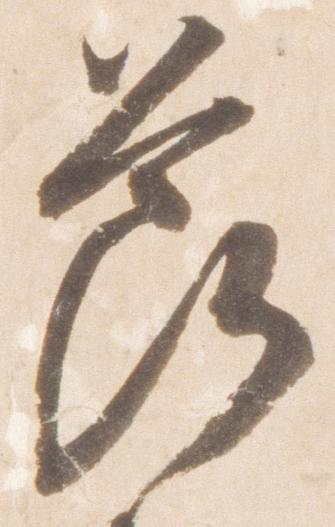
節